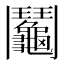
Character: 鬮